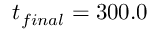
t _ { f i n a l } = 3 0 0 . 0